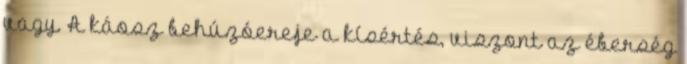
vagy. A káosz behúzóereje a kísértés, viszont az éberség